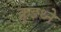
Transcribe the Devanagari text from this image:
क्रुइथ्ने